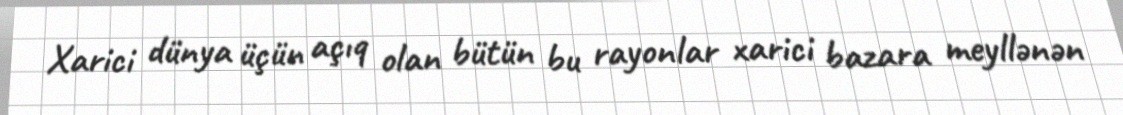
Xarici dünya üçün açıq olan bütün bu rayonlar xarici bazara meyllənən